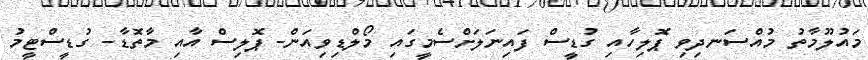
މައުލޫމާތު މުއްސަނދިވި ޕޮލިހާއި ގުޑީސް ފައިނަލަށްސެމީގައި މޯލްޑިވިއަން- ޕޮލިސް އާއި މާތޮޑާ- ގުޑީސްޓީމު